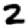
Digit: 2